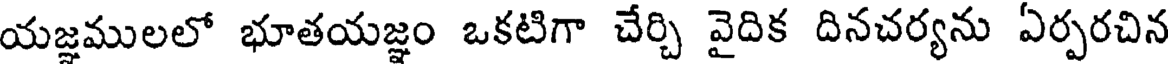
యజ్ఞములలో భూతయజ్ఞం ఒకటిగా చేర్చి వైదిక దినచర్యను ఏర్పరచిన